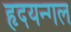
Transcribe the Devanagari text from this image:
हृदयन्गल